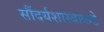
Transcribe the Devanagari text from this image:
सौंदर्यशास्त्राकडे